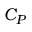
C _ { P }